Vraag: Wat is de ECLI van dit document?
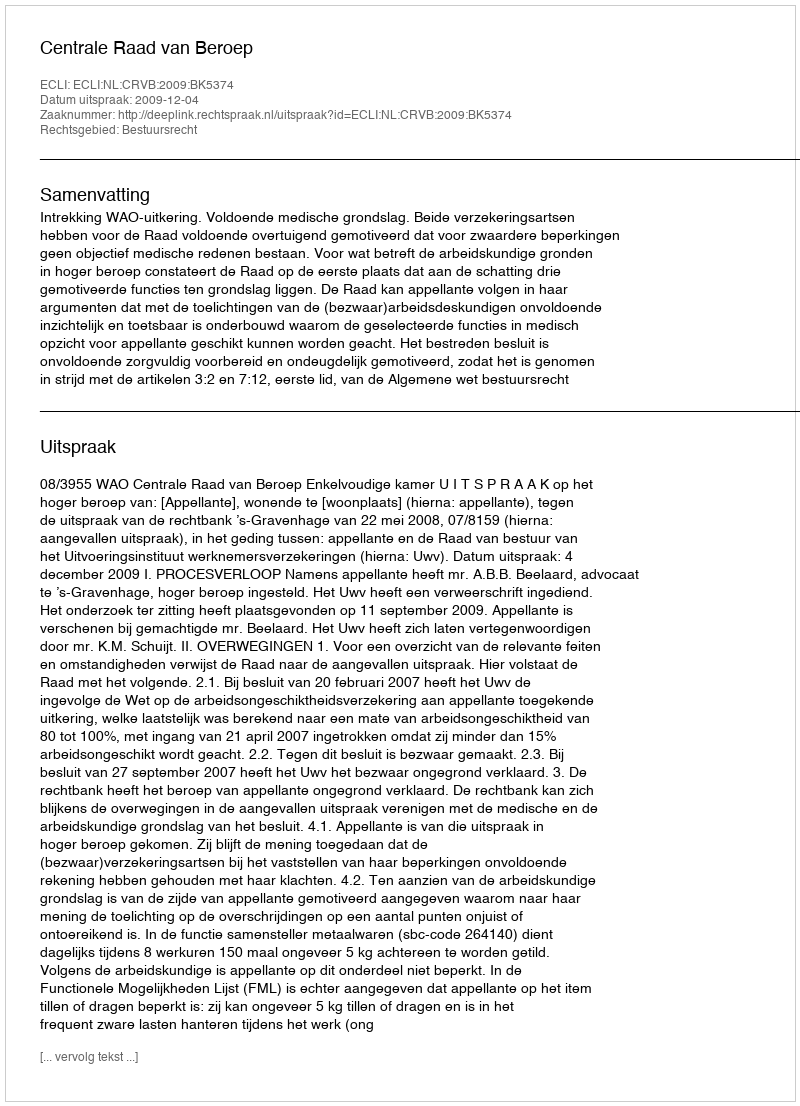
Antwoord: ECLI:NL:CRVB:2009:BK5374